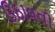
ઉઠાવવી